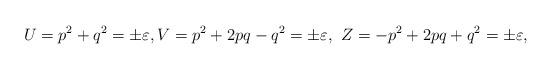
LaTeX: \begin{align*}U=p^{2}+q^{2}=\pm\varepsilon,V=p^{2}+2pq-q^{2}=\pm\varepsilon,\text{\ }Z=-p^{2}+2pq+q^{2}=\pm\varepsilon,\end{align*}